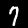
Digit: 7